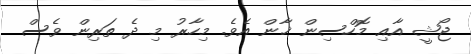
ޖޯޝީ އާއި މޮހްސިން ޚާން އެވެ. މިހާރު މި ދެ ތަރިން ވެސް